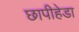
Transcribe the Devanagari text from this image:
छापीहेडा